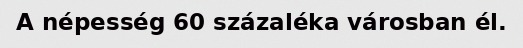
A népesség 60 százaléka városban él.